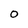
Character: O